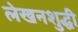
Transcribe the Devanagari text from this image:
लेखनशुद्धी